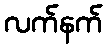
လက်နက်